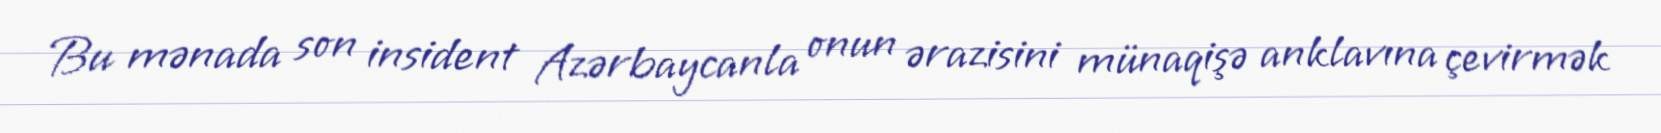
Bu mənada son insident Azərbaycanla onun ərazisini münaqişə anklavına çevirmək